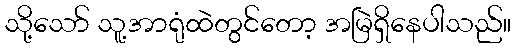
သို့သော် သူ့အာရုံထဲတွင်တော့ အမြဲရှိနေပါသည်။